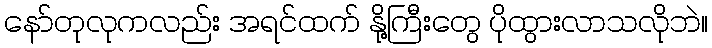
နော်တုလုကလည်း အရင်ထက် နို့ကြီးတွေ ပိုထွားလာသလိုဘဲ။